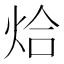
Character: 烚